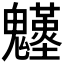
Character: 𩴴